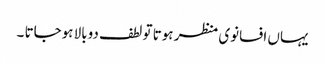
یہاں افسانوی منظر ہوتا تو لطف دوبالا ہوجاتا ۔